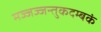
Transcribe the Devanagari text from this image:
मज्जज्जन्तुकदम्बकं